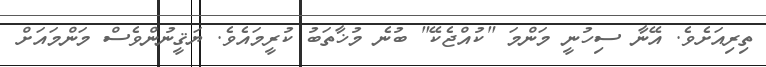
ތިރިއަށެވެ. އޭނާ ސިހުނީ މަންމަ "ކުއްޖެކޭ" ބުނެ މުޚާތަބު ކުރީމައެވެ. ޔަޤީނުންވެސް މަންމައަށް